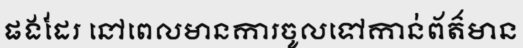
ផងដែរ នៅពេលមានការចូលទៅកាន់ព័ត៌មាន